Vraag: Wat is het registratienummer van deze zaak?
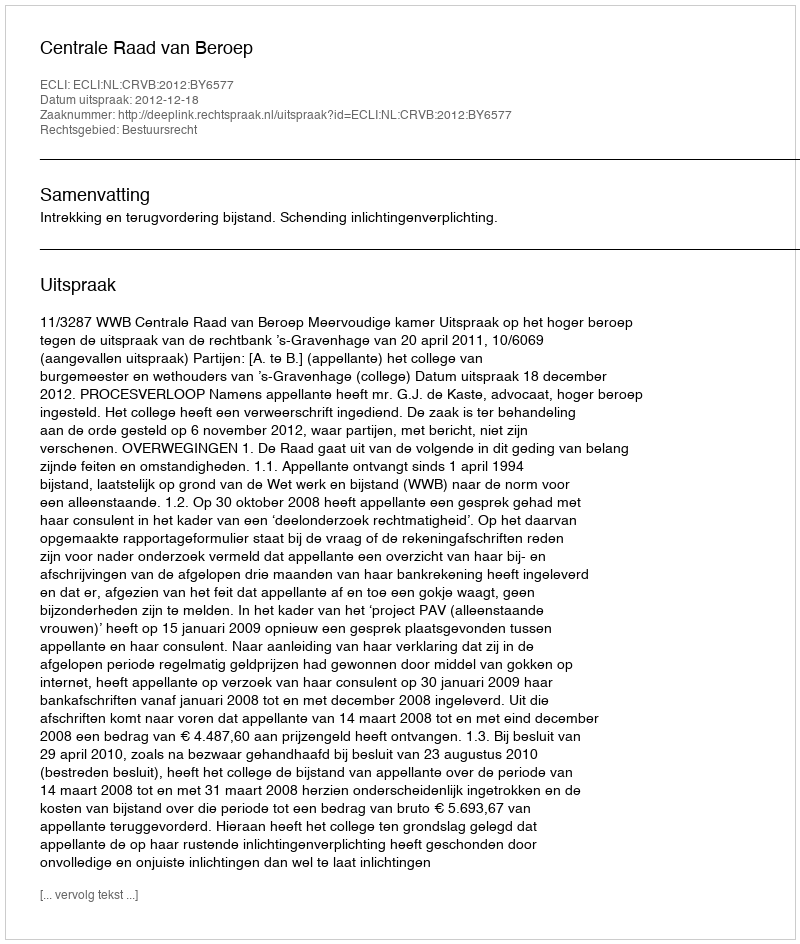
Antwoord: http://deeplink.rechtspraak.nl/uitspraak?id=ECLI:NL:CRVB:2012:BY6577